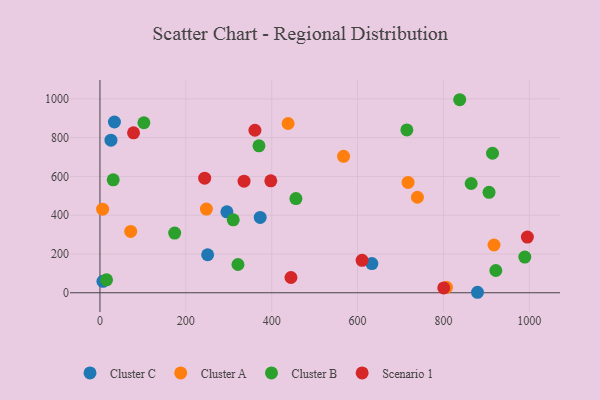
{"axis": {"x": "Engine Size", "y": "Salary"}, "legend": ["Cluster A", "Cluster B", "Cluster C", "Scenario 1"], "data": [{"x": "633.3", "y": 150.7, "type": "Cluster C"}, {"x": "295.6", "y": 417.4, "type": "Cluster C"}, {"x": "6.9", "y": 59.2, "type": "Cluster C"}, {"x": "250.8", "y": 195.9, "type": "Cluster C"}, {"x": "373.2", "y": 388.7, "type": "Cluster C"}, {"x": "879.3", "y": 2.5, "type": "Cluster C"}, {"x": "25.6", "y": 786.9, "type": "Cluster C"}, {"x": "33.7", "y": 880.6, "type": "Cluster C"}, {"x": "717.6", "y": 568.8, "type": "Cluster A"}, {"x": "739.4", "y": 492.5, "type": "Cluster A"}, {"x": "247.9", "y": 431.6, "type": "Cluster A"}, {"x": "917.8", "y": 246.2, "type": "Cluster A"}, {"x": "807.0", "y": 28.2, "type": "Cluster A"}, {"x": "71.6", "y": 316.2, "type": "Cluster A"}, {"x": "6.2", "y": 430.8, "type": "Cluster A"}, {"x": "438.2", "y": 872.8, "type": "Cluster A"}, {"x": "567.4", "y": 703.5, "type": "Cluster A"}, {"x": "906.2", "y": 518.2, "type": "Cluster B"}, {"x": "456.4", "y": 485.6, "type": "Cluster B"}, {"x": "864.6", "y": 563.5, "type": "Cluster B"}, {"x": "989.5", "y": 183.8, "type": "Cluster B"}, {"x": "837.9", "y": 995.5, "type": "Cluster B"}, {"x": "102.3", "y": 876.8, "type": "Cluster B"}, {"x": "922.0", "y": 114.9, "type": "Cluster B"}, {"x": "15.3", "y": 66.8, "type": "Cluster B"}, {"x": "370.3", "y": 757.5, "type": "Cluster B"}, {"x": "174.0", "y": 308.0, "type": "Cluster B"}, {"x": "914.3", "y": 719.5, "type": "Cluster B"}, {"x": "310.4", "y": 376.0, "type": "Cluster B"}, {"x": "321.4", "y": 145.8, "type": "Cluster B"}, {"x": "714.8", "y": 839.7, "type": "Cluster B"}, {"x": "30.8", "y": 582.2, "type": "Cluster B"}, {"x": "800.7", "y": 24.8, "type": "Scenario 1"}, {"x": "397.9", "y": 577.2, "type": "Scenario 1"}, {"x": "335.6", "y": 575.2, "type": "Scenario 1"}, {"x": "995.5", "y": 287.4, "type": "Scenario 1"}, {"x": "78.2", "y": 824.8, "type": "Scenario 1"}, {"x": "360.9", "y": 838.2, "type": "Scenario 1"}, {"x": "444.8", "y": 78.6, "type": "Scenario 1"}, {"x": "243.9", "y": 590.7, "type": "Scenario 1"}, {"x": "610.5", "y": 167.4, "type": "Scenario 1"}]}